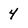
Character: 4